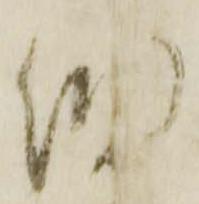
細